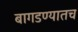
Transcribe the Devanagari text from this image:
बागडण्यातच